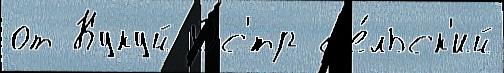
от Кукуй Ос'́тр с'е́льск'ий